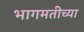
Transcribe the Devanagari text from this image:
भागमतीच्या